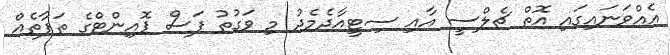
އެއްވަނައިގައި އޮތް ޗެލްސީ އާއި ސިޓީއާދެމެދު މި ވަގުތު ފަސް ޕޮއިންޓްގެ ތަފާތެެއް